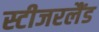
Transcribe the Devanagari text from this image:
स्टीजरलैंड